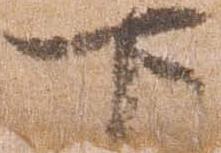
下